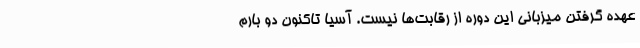
عهده گرفتن میزبانی این دوره از رقابت‌ها نیست. آسیا تاکنون دو بارم